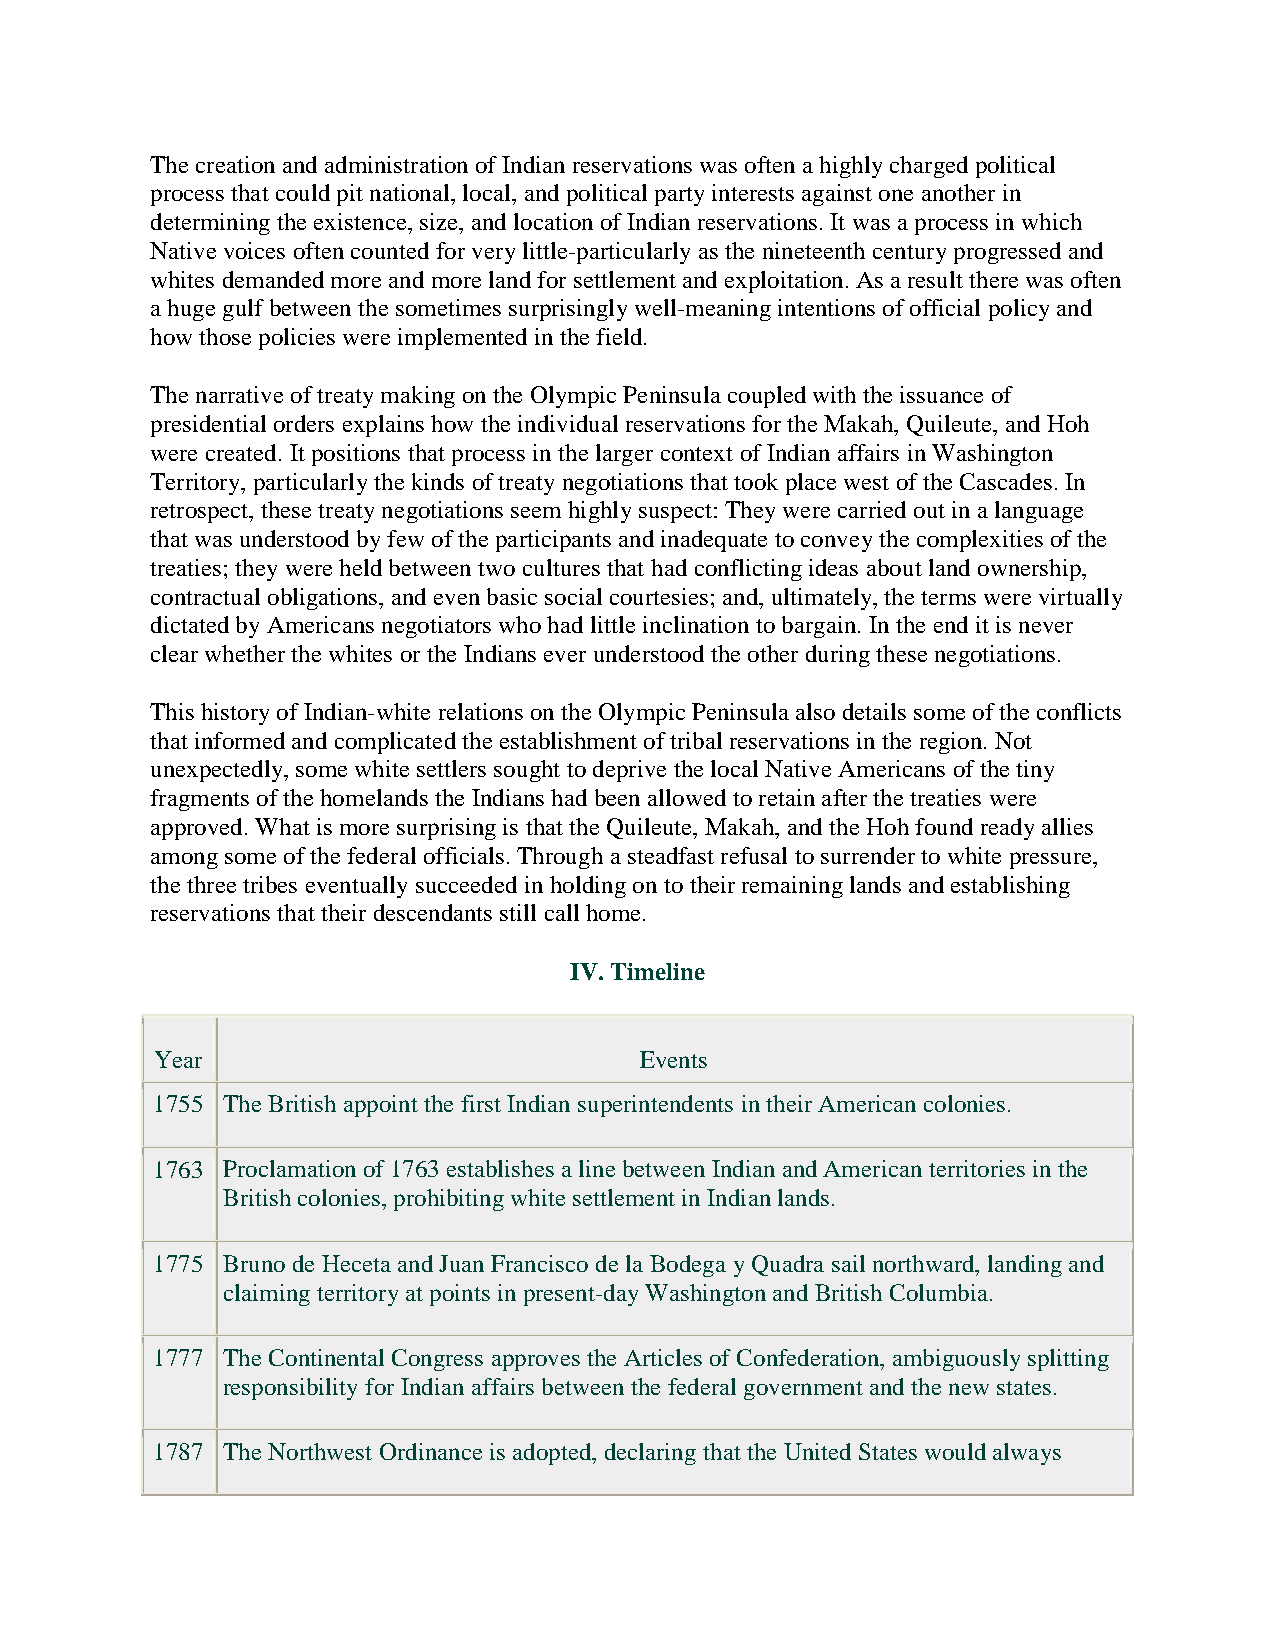
The creation and administration of Indian reservations was often a highly charged political
 process that could pit national, local, and political party interests against one another in
 determining the existence, size, and location of Indian reservations. It was a process in which
 Native voices often counted for very little-particularly as the nineteenth century progressed and
 whites demanded more and more land for settlement and exploitation. As a result there was often
 a huge gulf between the sometimes surprisingly well-meaning intentions of official policy and
 how those policies were implemented in the field.
 The narrative of treaty making on the Olympic Peninsula coupled with the issuance of
 presidential orders explains how the individual reservations for the Makah, Quileute, and Hoh
 were created. It positions that process in the larger context of Indian affairs in Washington
 Territory, particularly the kinds of treaty negotiations that took place west of the Cascades. In
 retrospect, these treaty negotiations seem highly suspect: They were carried out in a language
 that was understood by few of the participants and inadequate to convey the complexities of the
 treaties; they were held between two cultures that had conflicting ideas about land ownership,
 contractual obligations, and even basic social courtesies; and, ultimately, the terms were virtually
 dictated by Americans negotiators who had little inclination to bargain. In the end it is never
 clear whether the whites or the Indians ever understood the other during these negotiations.
 This history of Indian-white relations on the Olympic Peninsula also details some of the conflicts
 that informed and complicated the establishment of tribal reservations in the region. Not
 unexpectedly, some white settlers sought to deprive the local Native Americans of the tiny
 fragments of the homelands the Indians had been allowed to retain after the treaties were
 approved. What is more surprising is that the Quileute, Makah, and the Hoh found ready allies
 among some of the federal officials. Through a steadfast refusal to surrender to white pressure,
 the three tribes eventually succeeded in holding on to their remaining lands and establishing
 reservations that their descendants still call home.
 IV. Timeline
 Year                            Events
 1755 The British appoint the first Indian superintendents in their American colonies.
 1763 Proclamation of 1763 establishes a line between Indian and American territories in the
 British colonies, prohibiting white settlement in Indian lands.
 1775 Bruno de Heceta and Juan Francisco de la Bodega y Quadra sail northward, landing and
 claiming territory at points in present-day Washington and British Columbia.
 1777 The Continental Congress approves the Articles of Confederation, ambiguously splitting
 responsibility for Indian affairs between the federal government and the new states.
 1787 The Northwest Ordinance is adopted, declaring that the United States would always